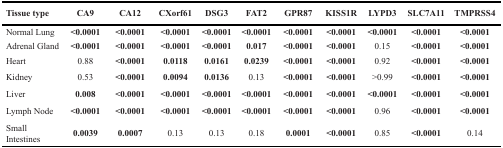
<table><thead><tr><td><b>Tissue type</b></td><td><b>CA9</b></td><td><b>CA12</b></td><td><b>CXorf61</b></td><td><b>DSG3</b></td><td><b>FAT2</b></td><td><b>GPR87</b></td><td><b>KISS1R</b></td><td><b>LYPD3</b></td><td><b>SLC7A11</b></td><td><b>TMPRSS4</b></td></tr></thead><tbody><tr><td>Normal Lung</td><td><b>&lt;0.0001</b></td><td><b>&lt;0.0001</b></td><td><b>&lt;0.0001</b></td><td><b>&lt;0.0001</b></td><td><b>&lt;0.0001</b></td><td><b>&lt;0.0001</b></td><td><b>&lt;0.0001</b></td><td><b>&lt;0.0001</b></td><td><b>&lt;0.0001</b></td><td><b>&lt;0.0001</b></td></tr><tr><td>Adrenal Gland</td><td><b>&lt;0.0001</b></td><td><b>&lt;0.0001</b></td><td><b>&lt;0.0001</b></td><td><b>&lt;0.0001</b></td><td><b>0.017</b></td><td><b>&lt;0.0001</b></td><td><b>&lt;0.0001</b></td><td>0.15</td><td><b>&lt;0.0001</b></td><td><b>&lt;0.0001</b></td></tr><tr><td>Heart</td><td>0.88</td><td><b>&lt;0.0001</b></td><td><b>0.0118</b></td><td><b>0.0161</b></td><td><b>0.0239</b></td><td><b>&lt;0.0001</b></td><td><b>&lt;0.0001</b></td><td>0.92</td><td><b>&lt;0.0001</b></td><td><b>&lt;0.0001</b></td></tr><tr><td>Kidney</td><td>0.53</td><td><b>&lt;0.0001</b></td><td><b>0.0094</b></td><td><b>0.0136</b></td><td>0.13</td><td><b>&lt;0.0001</b></td><td><b>&lt;0.0001</b></td><td>&gt;0.99</td><td><b>&lt;0.0001</b></td><td><b>&lt;0.0001</b></td></tr><tr><td>Liver</td><td><b>0.008</b></td><td><b>&lt;0.0001</b></td><td><b>&lt;0.0001</b></td><td><b>&lt;0.0001</b></td><td><b>&lt;0.0001</b></td><td><b>&lt;0.0001</b></td><td><b>&lt;0.0001</b></td><td><b>&lt;0.0001</b></td><td><b>&lt;0.0001</b></td><td><b>&lt;0.0001</b></td></tr><tr><td>Lymph Node</td><td><b>&lt;0.0001</b></td><td><b>&lt;0.0001</b></td><td><b>&lt;0.0001</b></td><td><b>&lt;0.0001</b></td><td><b>&lt;0.0001</b></td><td><b>&lt;0.0001</b></td><td><b>&lt;0.0001</b></td><td>0.96</td><td><b>&lt;0.0001</b></td><td><b>&lt;0.0001</b></td></tr><tr><td>Small Intestines</td><td><b>0.0039</b></td><td><b>0.0007</b></td><td>0.13</td><td>0.13</td><td>0.18</td><td><b>0.0001</b></td><td><b>&lt;0.0001</b></td><td>0.85</td><td><b>&lt;0.0001</b></td><td>0.14</td></tr></tbody></table>